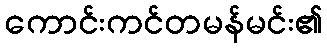
ကောင်းကင်တမန်မင်း၏